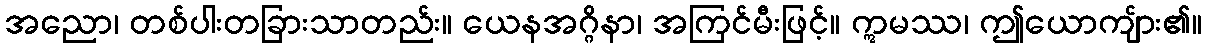
အညော၊ တစ်ပါးတခြားသာတည်း။ ယေနအဂ္ဂိနာ၊ အကြင်မီးဖြင့်။ ဣမဿ၊ ဤယောကျ်ား၏။